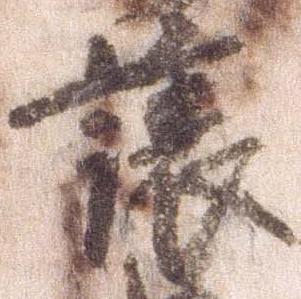
譲